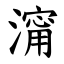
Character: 澝